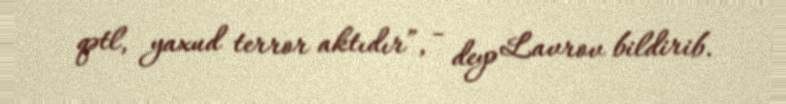
qətl, yaxud terror aktıdır”, - deyə Lavrov bildirib.